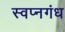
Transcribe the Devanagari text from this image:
स्वप्नगंध